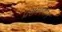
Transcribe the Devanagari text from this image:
प्रसंगवर्णन